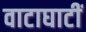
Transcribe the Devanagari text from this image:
वाटाघाटीं